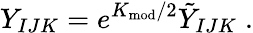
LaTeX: Y_{IJK}=e^{K_{\mathrm{mod}}/2}\tilde{Y}_{IJK}\; .